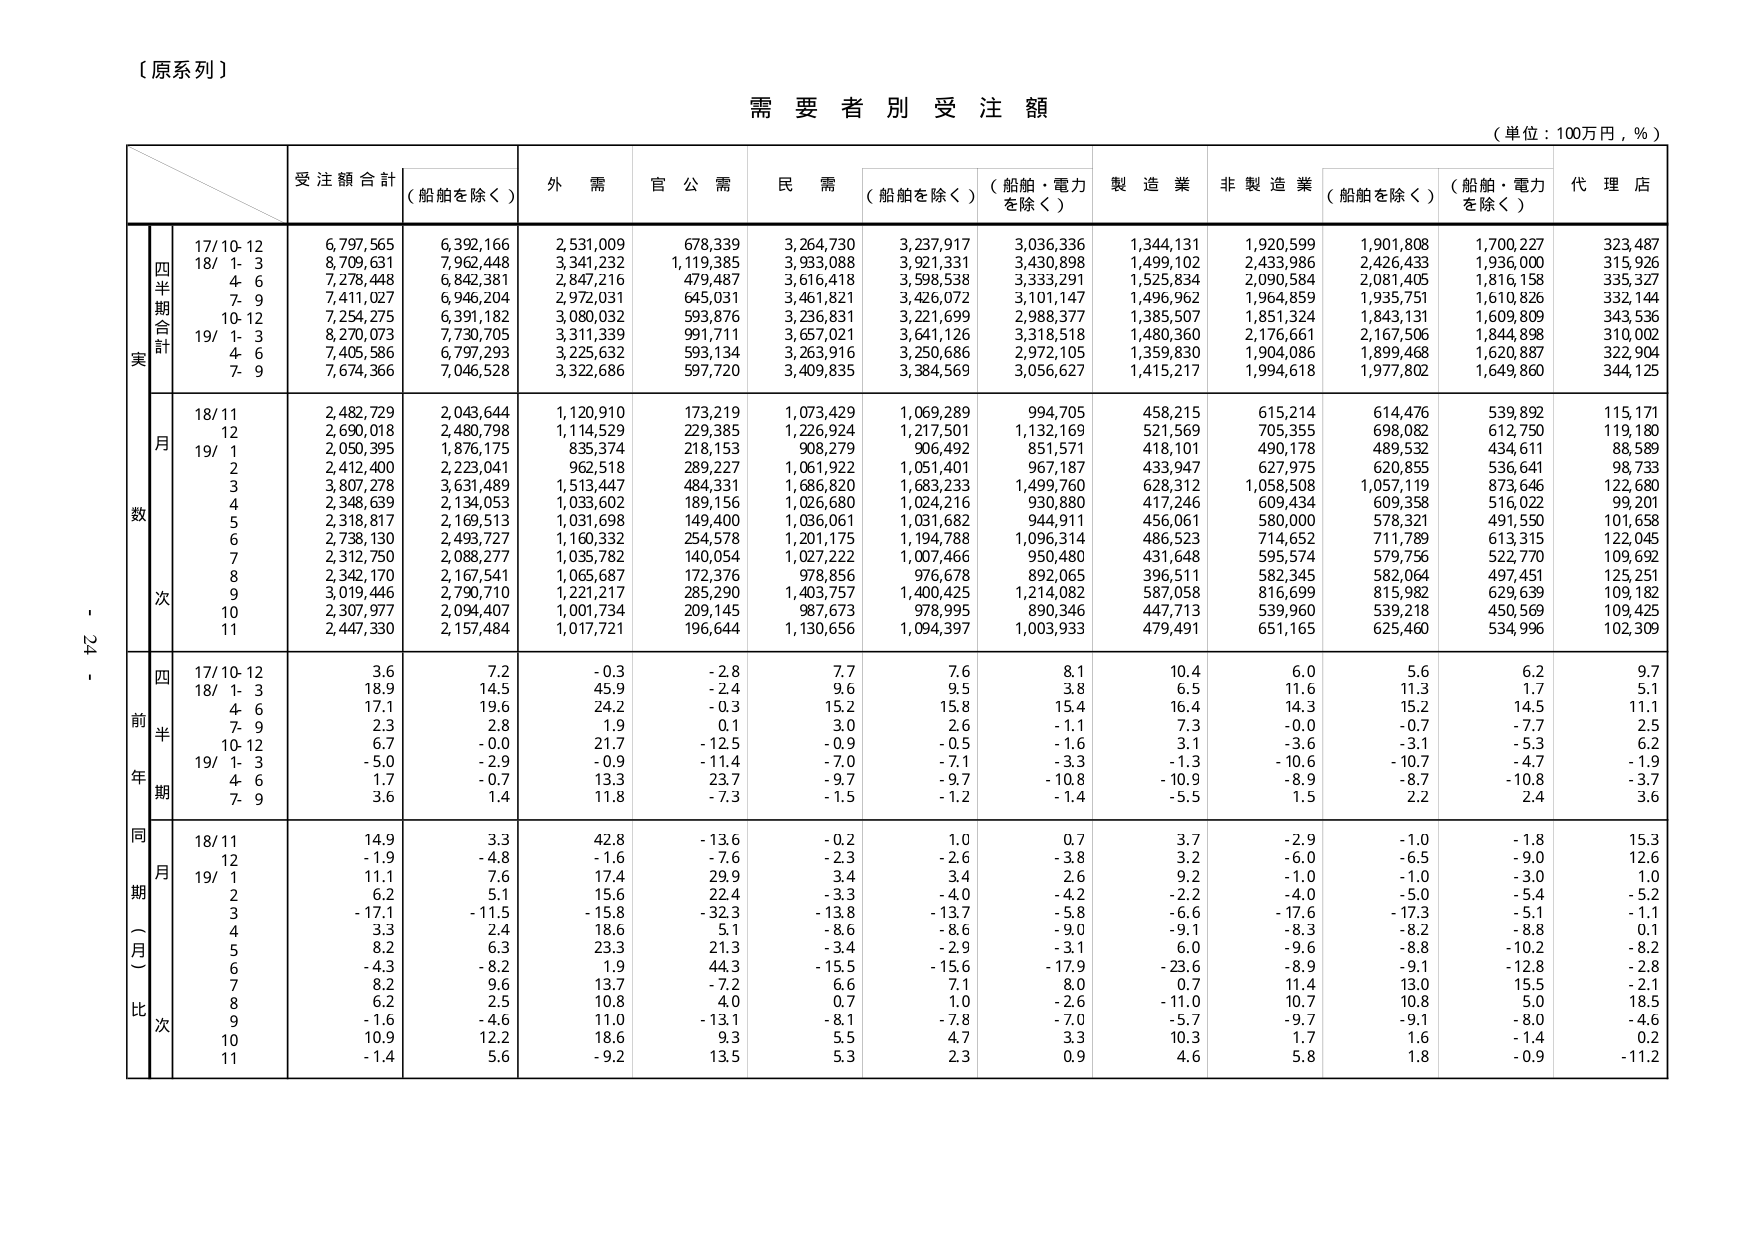
【原系列】

需要者別受注額
（単位：100万円，％）

受注額合計
（船舶を除く）

外需
官公需
民需
（船舶を除く）
（船舶・電力を除く）
製造業
非製造業
（船舶を除く）
（船舶・電力を除く）
代理店

実
四半期合計
17/10-12
6,797,565
6,392,166
2,531,009
678,339
3,264,730
3,237,917
3,036,336
1,344,131
1,920,599
1,901,808
1,700,227
323,487
18/ 1- 3
8,709,631
7,962,448
3,341,232
1,119,385
3,933,088
3,921,331
3,430,898
1,499,102
2,433,986
2,426,433
1,936,000
315,926
4- 6
7,278,448
6,842,381
2,847,216
479,487
3,616,418
3,598,538
3,333,291
1,525,834
2,090,584
2,081,405
1,816,158
335,327
7- 9
7,411,027
6,946,204
2,972,031
645,031
3,461,821
3,426,072
3,101,147
1,496,962
1,964,859
1,935,751
1,610,826
332,144
10-12
7,254,275
6,391,182
3,080,032
593,876
3,236,831
3,221,699
2,988,377
1,385,507
1,851,324
1,843,131
1,609,809
343,536
19/ 1- 3
8,270,073
7,730,705
3,311,339
991,711
3,657,021
3,641,126
3,318,518
1,480,360
2,176,661
2,167,506
1,844,898
310,002
4- 6
7,405,586
6,797,293
3,225,632
593,134
3,263,916
3,250,686
2,972,105
1,359,830
1,904,086
1,899,468
1,620,887
322,904
7- 9
7,674,366
7,046,528
3,322,686
597,720
3,409,835
3,384,569
3,056,627
1,415,217
1,994,618
1,977,802
1,649,860
344,125

数
月
18/11
2,482,729
2,043,644
1,120,910
173,219
1,073,429
1,069,289
994,705
458,215
615,214
614,476
539,892
115,171
12
2,690,018
2,480,798
1,114,529
229,385
1,226,924
1,217,501
1,132,169
521,569
705,355
698,082
612,750
119,180
19/ 1
2,050,395
1,876,175
835,374
218,153
908,279
906,492
851,571
418,101
490,178
489,532
434,611
88,589
2
2,412,400
2,223,041
962,518
289,227
1,061,922
1,051,401
967,187
433,947
627,975
620,855
536,641
98,733
3
3,807,278
3,631,489
1,513,447
484,331
1,686,820
1,683,233
1,499,760
628,312
1,058,508
1,057,119
873,646
122,680
4
2,348,639
2,134,053
1,033,602
189,156
1,026,680
1,024,216
930,880
417,246
609,434
609,358
516,022
99,201
5
2,318,817
2,169,513
1,031,698
149,400
1,036,061
1,031,682
944,911
456,061
580,000
578,321
491,550
101,658
6
2,738,130
2,493,727
1,160,332
254,578
1,201,175
1,194,788
1,096,314
486,523
714,652
711,789
613,315
122,045
7
2,312,750
2,088,277
1,035,782
140,054
1,027,222
1,007,466
950,480
431,648
595,574
579,756
522,770
109,692
8
2,342,170
2,167,541
1,065,687
172,376
978,856
976,678
892,065
396,511
582,345
582,064
497,451
125,251
9
3,019,446
2,790,710
1,221,217
285,290
1,403,757
1,400,425
1,214,082
587,058
816,699
815,982
629,639
109,182
10
2,307,977
2,094,407
1,001,734
209,145
987,673
978,995
890,346
447,713
539,960
539,218
450,569
109,425
11
2,447,330
2,157,484
1,017,721
196,644
1,130,656
1,094,397
1,003,933
479,491
651,165
625,460
534,996
102,309

次

前
年
四半期
17/10-12
3.6
7.2
-0.3
-2.8
7.7
7.6
8.1
10.4
6.0
5.6
6.2
9.7
18/ 1- 3
18.9
14.5
45.9
-2.4
9.6
9.5
3.8
6.5
11.6
11.3
1.7
5.1
4- 6
17.1
19.6
24.2
-0.3
15.2
15.8
15.4
16.4
14.3
15.2
14.5
11.1
7- 9
2.3
2.8
1.9
0.1
3.0
2.6
-1.1
7.3
-0.0
-0.7
-7.7
2.5
10-12
6.7
-0.0
21.7
-12.5
-0.9
-0.5
-1.6
3.1
-3.6
-3.1
-5.3
6.2
19/ 1- 3
-5.0
-2.9
-0.9
-11.4
-7.0
-7.1
-3.3
-1.3
-10.6
-10.7
-4.7
-1.9
4- 6
1.7
-0.7
13.3
23.7
-9.7
-9.7
-10.8
-10.9
-8.9
-8.7
-10.8
-3.7
7- 9
3.6
1.4
11.8
-7.3
-1.5
-1.2
-1.4
-5.5
1.5
2.2
2.4
3.6

同期（月）比
月
18/11
14.9
3.3
42.8
-13.6
-0.2
1.0
0.7
3.7
-2.9
-1.0
-1.8
15.3
12
-1.9
-4.8
-1.6
-7.6
-2.3
-2.6
-3.8
3.2
-6.0
-6.5
-9.0
12.6
19/ 1
11.1
7.6
17.4
29.9
3.4
3.4
2.6
9.2
-1.0
-1.0
-3.0
1.0
2
6.2
5.1
15.6
22.4
-3.3
-4.0
-4.2
-2.2
-4.0
-5.0
-5.4
-5.2
3
-17.1
-11.5
-15.8
-32.3
-13.8
-13.7
-5.8
-6.6
-17.6
-17.3
-5.1
-1.1
4
3.3
2.4
18.6
5.1
-8.6
-8.6
-9.0
-9.1
-8.3
-8.2
-8.8
0.1
5
8.2
6.3
23.3
21.3
-3.4
-2.9
-3.1
6.0
-9.6
-8.8
-10.2
-8.2
6
-4.3
-8.2
1.9
44.3
-15.5
-15.6
-17.9
-23.6
-8.9
-9.1
-12.8
-2.8
7
8.2
9.6
13.7
-7.2
6.6
7.1
8.0
0.7
11.4
13.0
15.5
-2.1
8
6.2
2.5
10.8
4.0
0.7
1.0
-2.6
-11.0
10.7
10.8
5.0
18.5
9
-1.6
-4.6
11.0
-13.1
-8.1
-7.8
-7.0
-5.7
-9.7
-9.1
-8.0
-4.6
10
10.9
12.2
18.6
9.3
5.5
4.7
3.3
10.3
1.7
1.6
-1.4
0.2
11
-1.4
5.6
-9.2
13.5
5.3
2.3
0.9
4.6
5.8
1.8
-0.9
-11.2

- 24 -